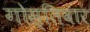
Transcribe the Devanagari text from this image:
गोस्तिवार